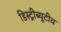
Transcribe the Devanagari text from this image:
डिस्ट्रीब्यूटीव